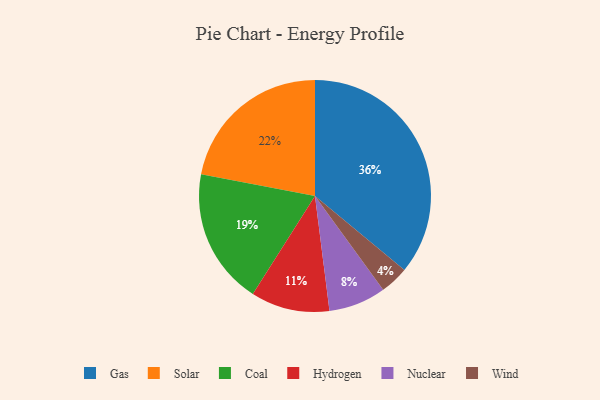
{"axis": {"x": "Category", "y": "Percentage"}, "legend": ["Coal", "Gas", "Hydrogen", "Nuclear", "Solar", "Wind"], "data": [{"x": "Nuclear", "y": 8, "type": "Nuclear"}, {"x": "Hydrogen", "y": 11, "type": "Hydrogen"}, {"x": "Gas", "y": 36, "type": "Gas"}, {"x": "Wind", "y": 4, "type": "Wind"}, {"x": "Coal", "y": 19, "type": "Coal"}, {"x": "Solar", "y": 22, "type": "Solar"}]}